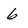
Character: 6